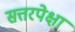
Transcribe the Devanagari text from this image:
सत्तरपेक्षा